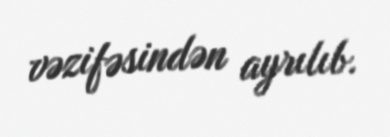
vəzifəsindən ayrılıb.